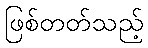
ဖြစ်တတ်သည့်